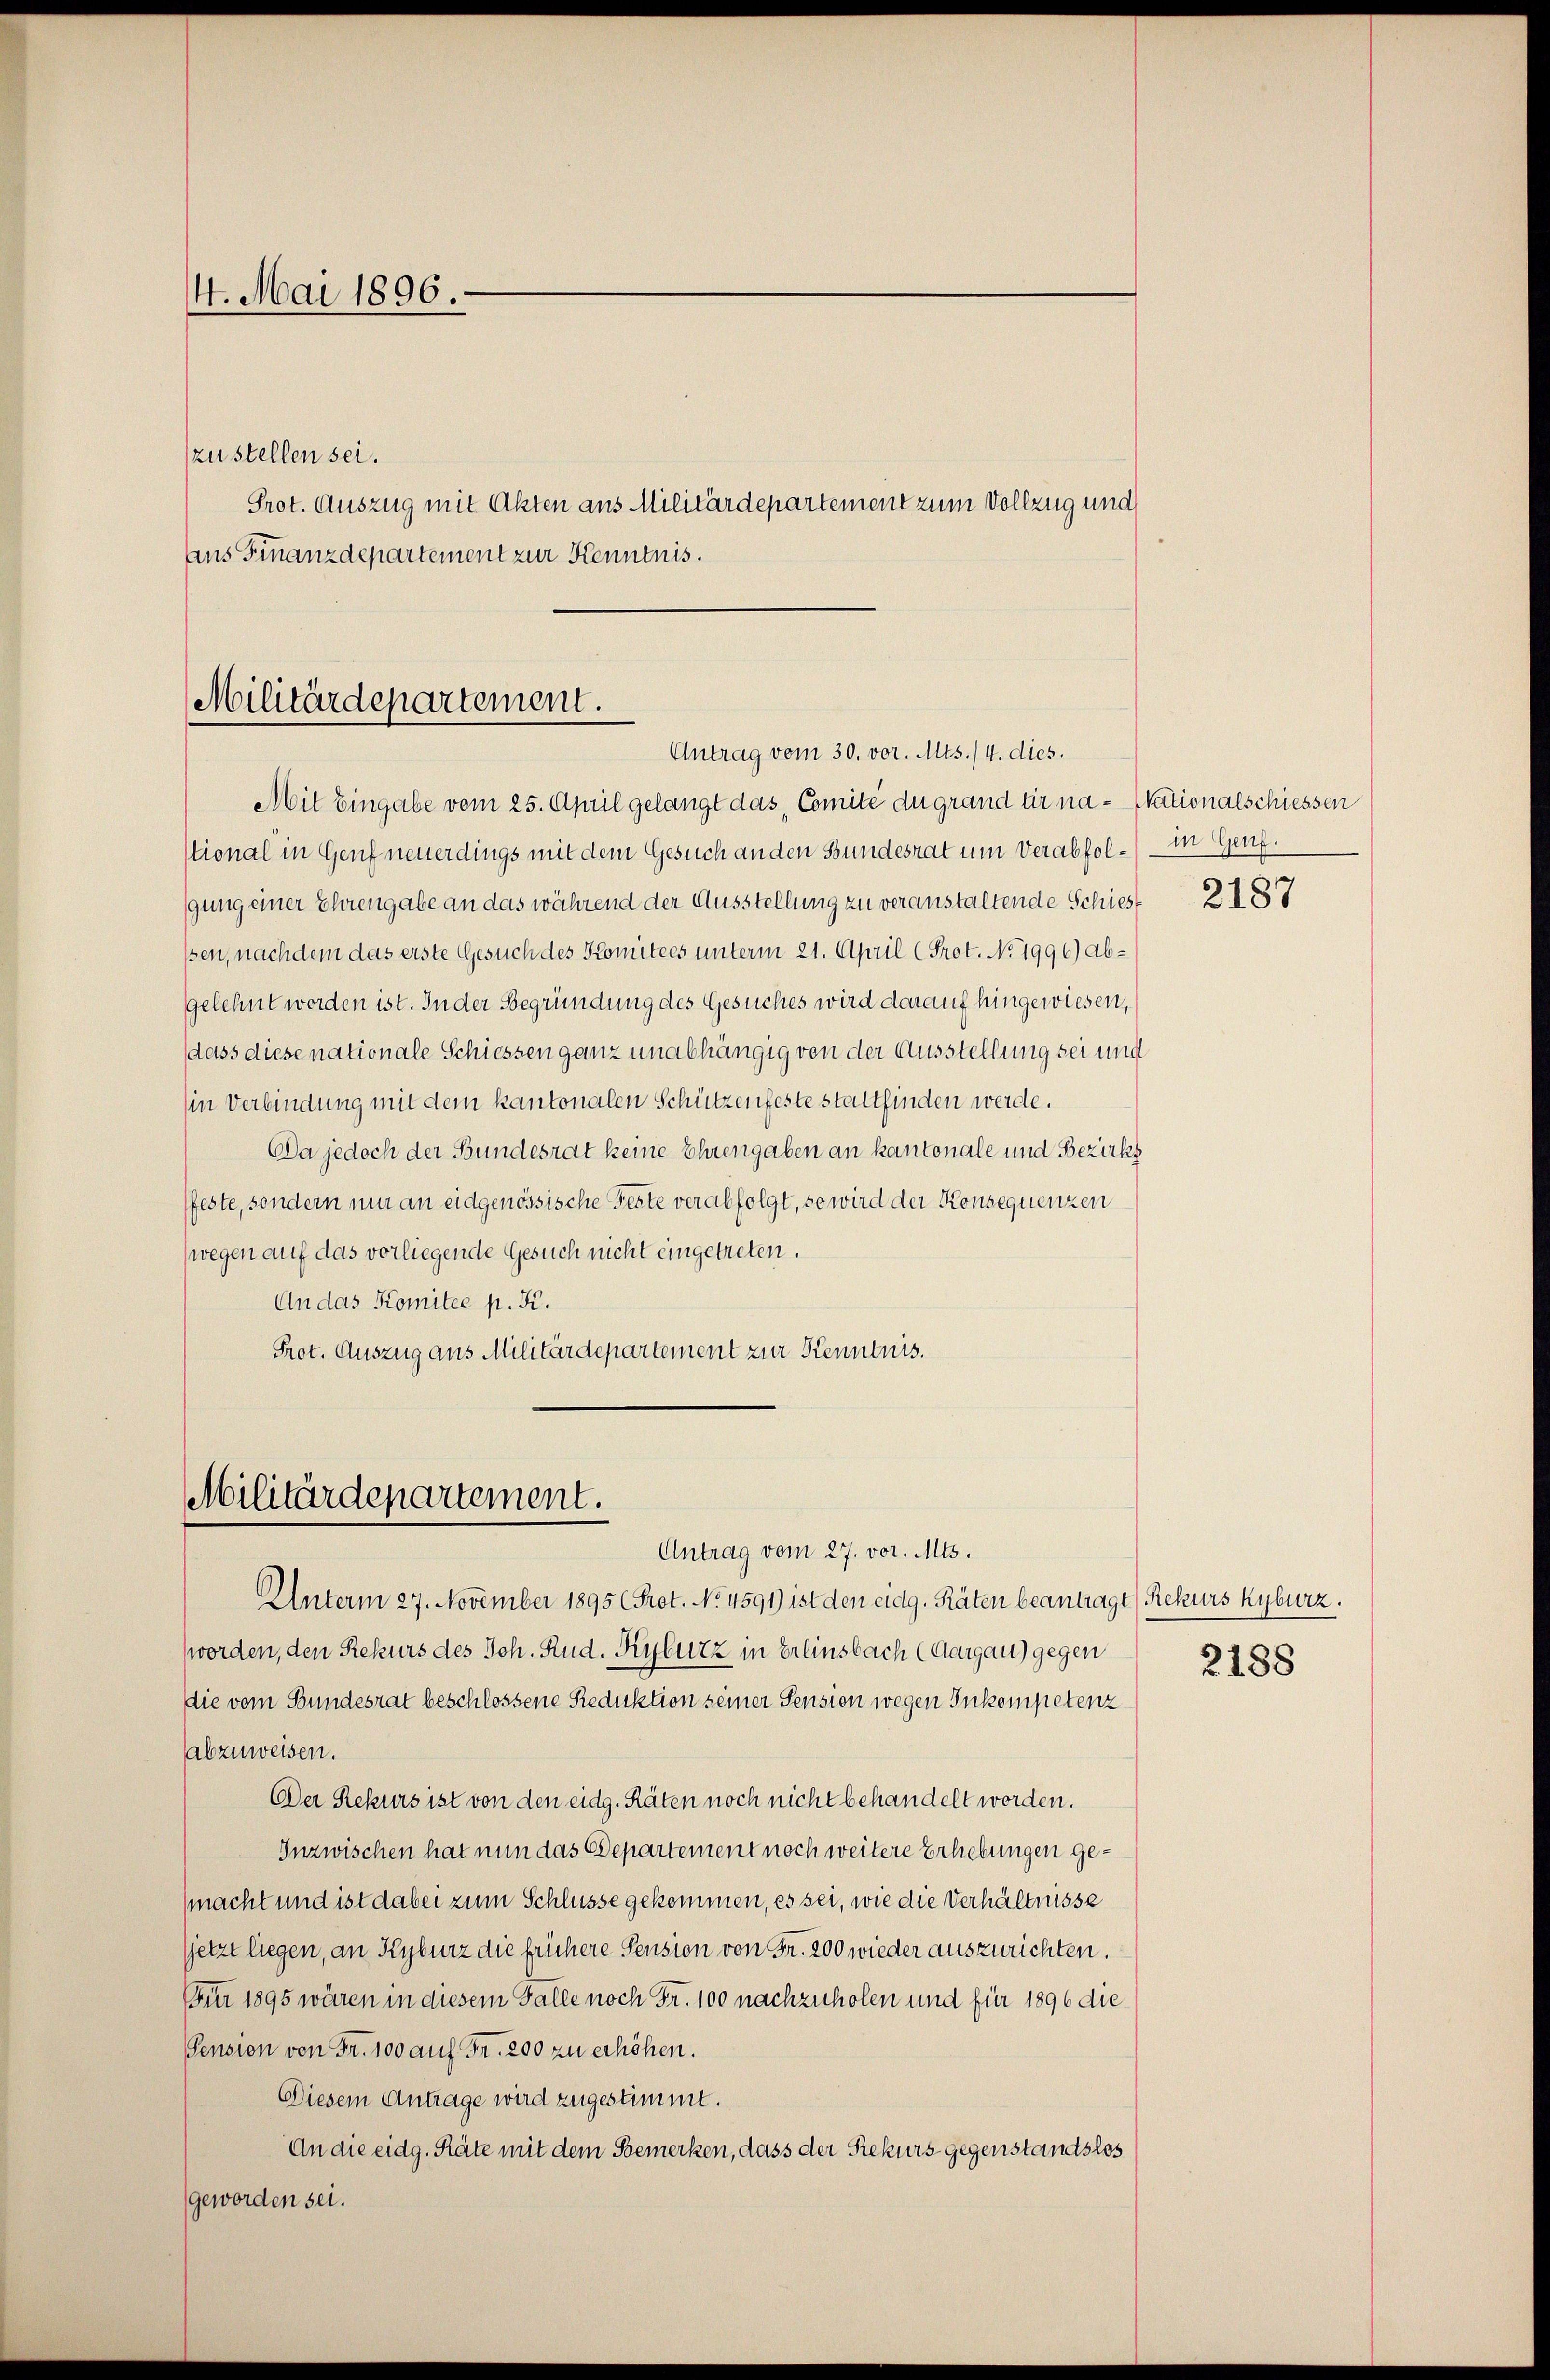
4. Mai 1896.

zustellen sei.
ans Finanzdepartement zur Kenntnis.

Militärdepartement.
Antrag vom 30. vor. Mts./4. dies.

Mit Eingabe vom 25. April gelangt das Comité du grand er na- Skationalschiessen
stional in Genf neuerdings mit dem Gesuch anden Bundesrat um Verabfol- in Genf.
gung einer Ehrengabe an das während der Ausstellung zu veranstaltende Schiess 2187
ssen, nachdem das erste Gesuch des Komitees unterm 21. April (Prot. No 1996) abgelehnt werden ist. In der Begründung des Gesuches wird darauf hingewiesen,
dass diese nationale Schiessen ganz unabhängig von der Ausstellung sei und
(in Verbindung mit dem kantonalen Schützenfeste stattfinden werde.
Da jedoch der Bundesrat keine Ehrengaben an kantonale und Bezirks
feste, sondern nur an eidgenössische Feste verabfolgt, so wird der Konsequenzen
(wegen auf das vorliegende Gesuch nicht eingetreten.
An das Komitee p. K.
Prot. Auszug aus Militärdepartement zur Kenntnis.

Militärdepartement.
Antrag vom 27. vor. Mts.

Prot. Auszug mit Akten aus Militärdepartement zum Vollzug und

Unterm 27. November 1895 (Prot. No. 4591) ist den eidg. Räten beantragt (Rekurs Kyburz.
worden, den Rekurs des Joh. Rud. Kyburz in Erlinsbach (Aargau) gegen
die vom Bundesrat beschlossene Reduktion seiner Sension wegen Inkompetenz
abzuweisen.
DDer Rekurs ist von den eidg. Räten noch nicht behandelt werden.
Inzwischen hat nun das Departement noch weitere Erhebungen ge¬
(macht und ist dabei zum Schlüsse gekommen, es sei, wie die Verhältnisse
sjetzt liegen, an Kyburz die frühere Pension von Fr. 200 wieder auszurichten.
Für 1895 wären in diesem Falle noch Fr. 100 nachzuholen und für 1896 die
Pension von Fr. 100 auf Fr. 200 zu erhöhen.
Diesem Antrage wird zugestimmt.
An die eidg. Räte mit dem Bemerken, dass der Rekurs gegenstamtslos
geworden sei.

2188